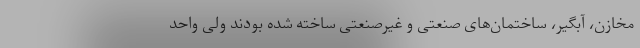
مخازن، آبگیر، ساختمان‌های صنعتی و غیرصنعتی ساخته شده بودند ولی واحد